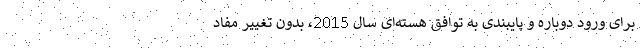
برای ورود دوباره و پایبندی به توافق هسته‌ای سال 2015، بدون تغییر مفاد